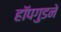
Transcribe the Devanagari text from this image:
हॉपगुडने